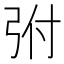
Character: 弣